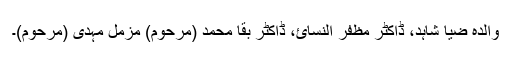
والدہ ضیا شاہد، ڈاکٹر مظفر النسائ، ڈاکٹر بقا محمد (مرحوم) مزمل مہدی (مرحوم)۔